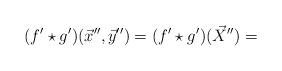
LaTeX: \begin{align*}(f'\star g')(\vec{x}'',\vec{y}'')=(f'\star g')(\vec{X}'')=\end{align*}